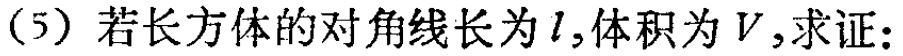
（5）若长方体的对角线长为\(l\)，体积为\(V\)，求证：